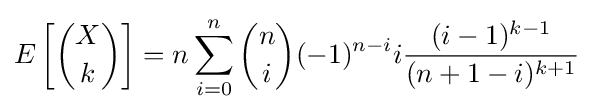
E\left[{X \choose k}\right]=n\sum _{i=0}^{n}{n \choose i}(-1)^{n-i}i{\frac {(i-1)^{k-1}}{(n+1-i)^{k+1}}}